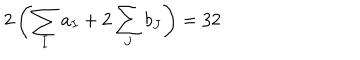
2 \left( \sum _ { I } a _ { I } + 2 \sum _ { J } b _ { J } \right) = 3 2